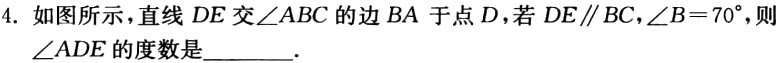
4. 如图所示，直线 \(DE\) 交 \(\angle ABC\) 的边 \(BA\) 于点 \(D\)，若 \(DE\parallel BC\)，\(\angle B = 70^{\circ}\)，则 \(\angle ADE\) 的度数是________.